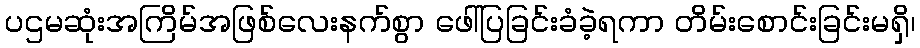
ပဌမဆုံးအကြိမ်အဖြစ်လေးနက်စွာ ဖေါ်ပြခြင်းခံခဲ့ရကာ တိမ်းစောင်းခြင်းမရှိ၊